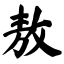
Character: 敖